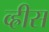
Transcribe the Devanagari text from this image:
व्ह्रीस